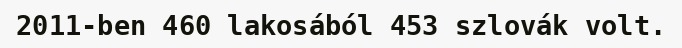
2011-ben 460 lakosából 453 szlovák volt.